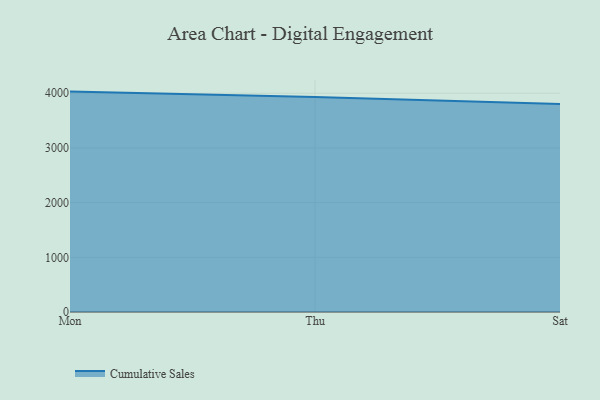
{"axis": {"x": "Day", "y": "Website Visitors"}, "legend": ["Cumulative Sales"], "data": [{"x": "Mon", "y": 4030.6, "type": "Cumulative Sales"}, {"x": "Thu", "y": 3932.5, "type": "Cumulative Sales"}, {"x": "Sat", "y": 3804.5, "type": "Cumulative Sales"}]}